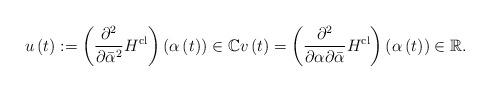
LaTeX: \begin{align*}u\left( t\right) :=\left( \frac{\partial^{2}}{\partial\bar{\alpha}^{2}}H^{\mathrm{cl}}\right) \left( \alpha\left( t\right) \right)\in\mathbb{C}v\left( t\right) =\left( \frac{\partial^{2}}{\partial\alpha\partial\bar{\alpha}}H^{\mathrm{cl}}\right) \left(\alpha\left( t\right) \right) \in\mathbb{R}. \end{align*}